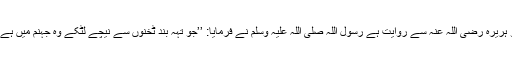
ابو ہریرہ رضی اللہ عنہ سے روایت ہے رسول اللہ صلی اللہ علیہ وسلم نے فرمایا: ’’جو تہہ بند ٹخنوں سے نیچے لٹکے وہ جہنم میں ہے‘‘۔